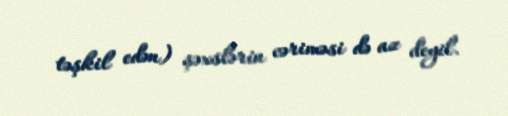
təşkil edən) şəxslərin cəriməsi də az deyil.